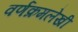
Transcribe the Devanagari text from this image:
वर्णक्रमलेखी